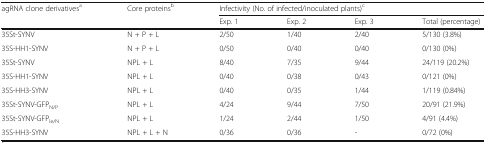
| <ROWSPAN=2> agRNA clone derivativesa | <ROWSPAN=2> Core proteinsb | <COLSPAN=4> Infectivity (No. of infected/inoculated plants)c |
 | Exp. 1 | Exp. 2 | Exp. 3 | Total (percentage) |
 | --- | --- | --- | --- | --- | --- |
 | 35St-SYNV | N + P + L | 2/50 | 1/40 | 2/40 | 5/130 (3.8%) |
 | 35S-HH1-SYNV | N + P + L | 0/50 | 0/40 | 0/40 | 0/130 (0%) |
 | 35St-SYNV | NPL + L | 8/40 | 7/35 | 9/44 | 24/119 (20.2%) |
 | 35S-HH1-SYNV | NPL + L | 0/40 | 0/38 | 0/43 | 0/121 (0%) |
 | 35S-HH3-SYNV | NPL + L | 0/40 | 0/35 | 1/44 | 1/119 (0.84%) |
 | 35St-SYNV-GFPN/P | NPL + L | 4/24 | 9/44 | 7/50 | 20/91 (21.9%) |
 | 35St-SYNV-GFPle/N | NPL + L | 1/24 | 2/44 | 1/50 | 4/91 (4.4%) |
 | 35S-HH3-SYNV | NPL + L + N | 0/36 | 0/36 | - | 0/72 (0%) |